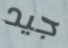
جيد